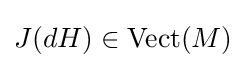
J(dH)\in {\text{Vect}}(M)